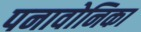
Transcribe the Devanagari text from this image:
पनावोनिका